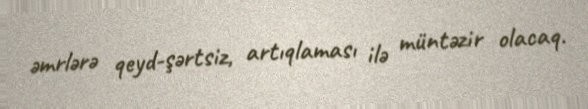
əmrlərə qeyd-şərtsiz, artıqlaması ilə müntəzir olacaq.